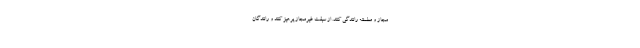
مجاز و مطمئنه رانندگی کنند. از سبقت غیرمجاز پرهیز کنند و رانندگان